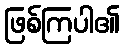
ဖြစ်ကြပါ၏